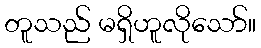
တူသည် မရှိဟူလိုသော်။